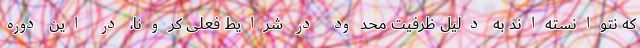
که نتوانسته‌اند به دلیل ظرفیت محدود در شرایط فعلی کرونا، در این دوره